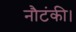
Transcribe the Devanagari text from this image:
नौटंकी।